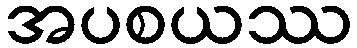
အပစယဿ